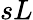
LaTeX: sL